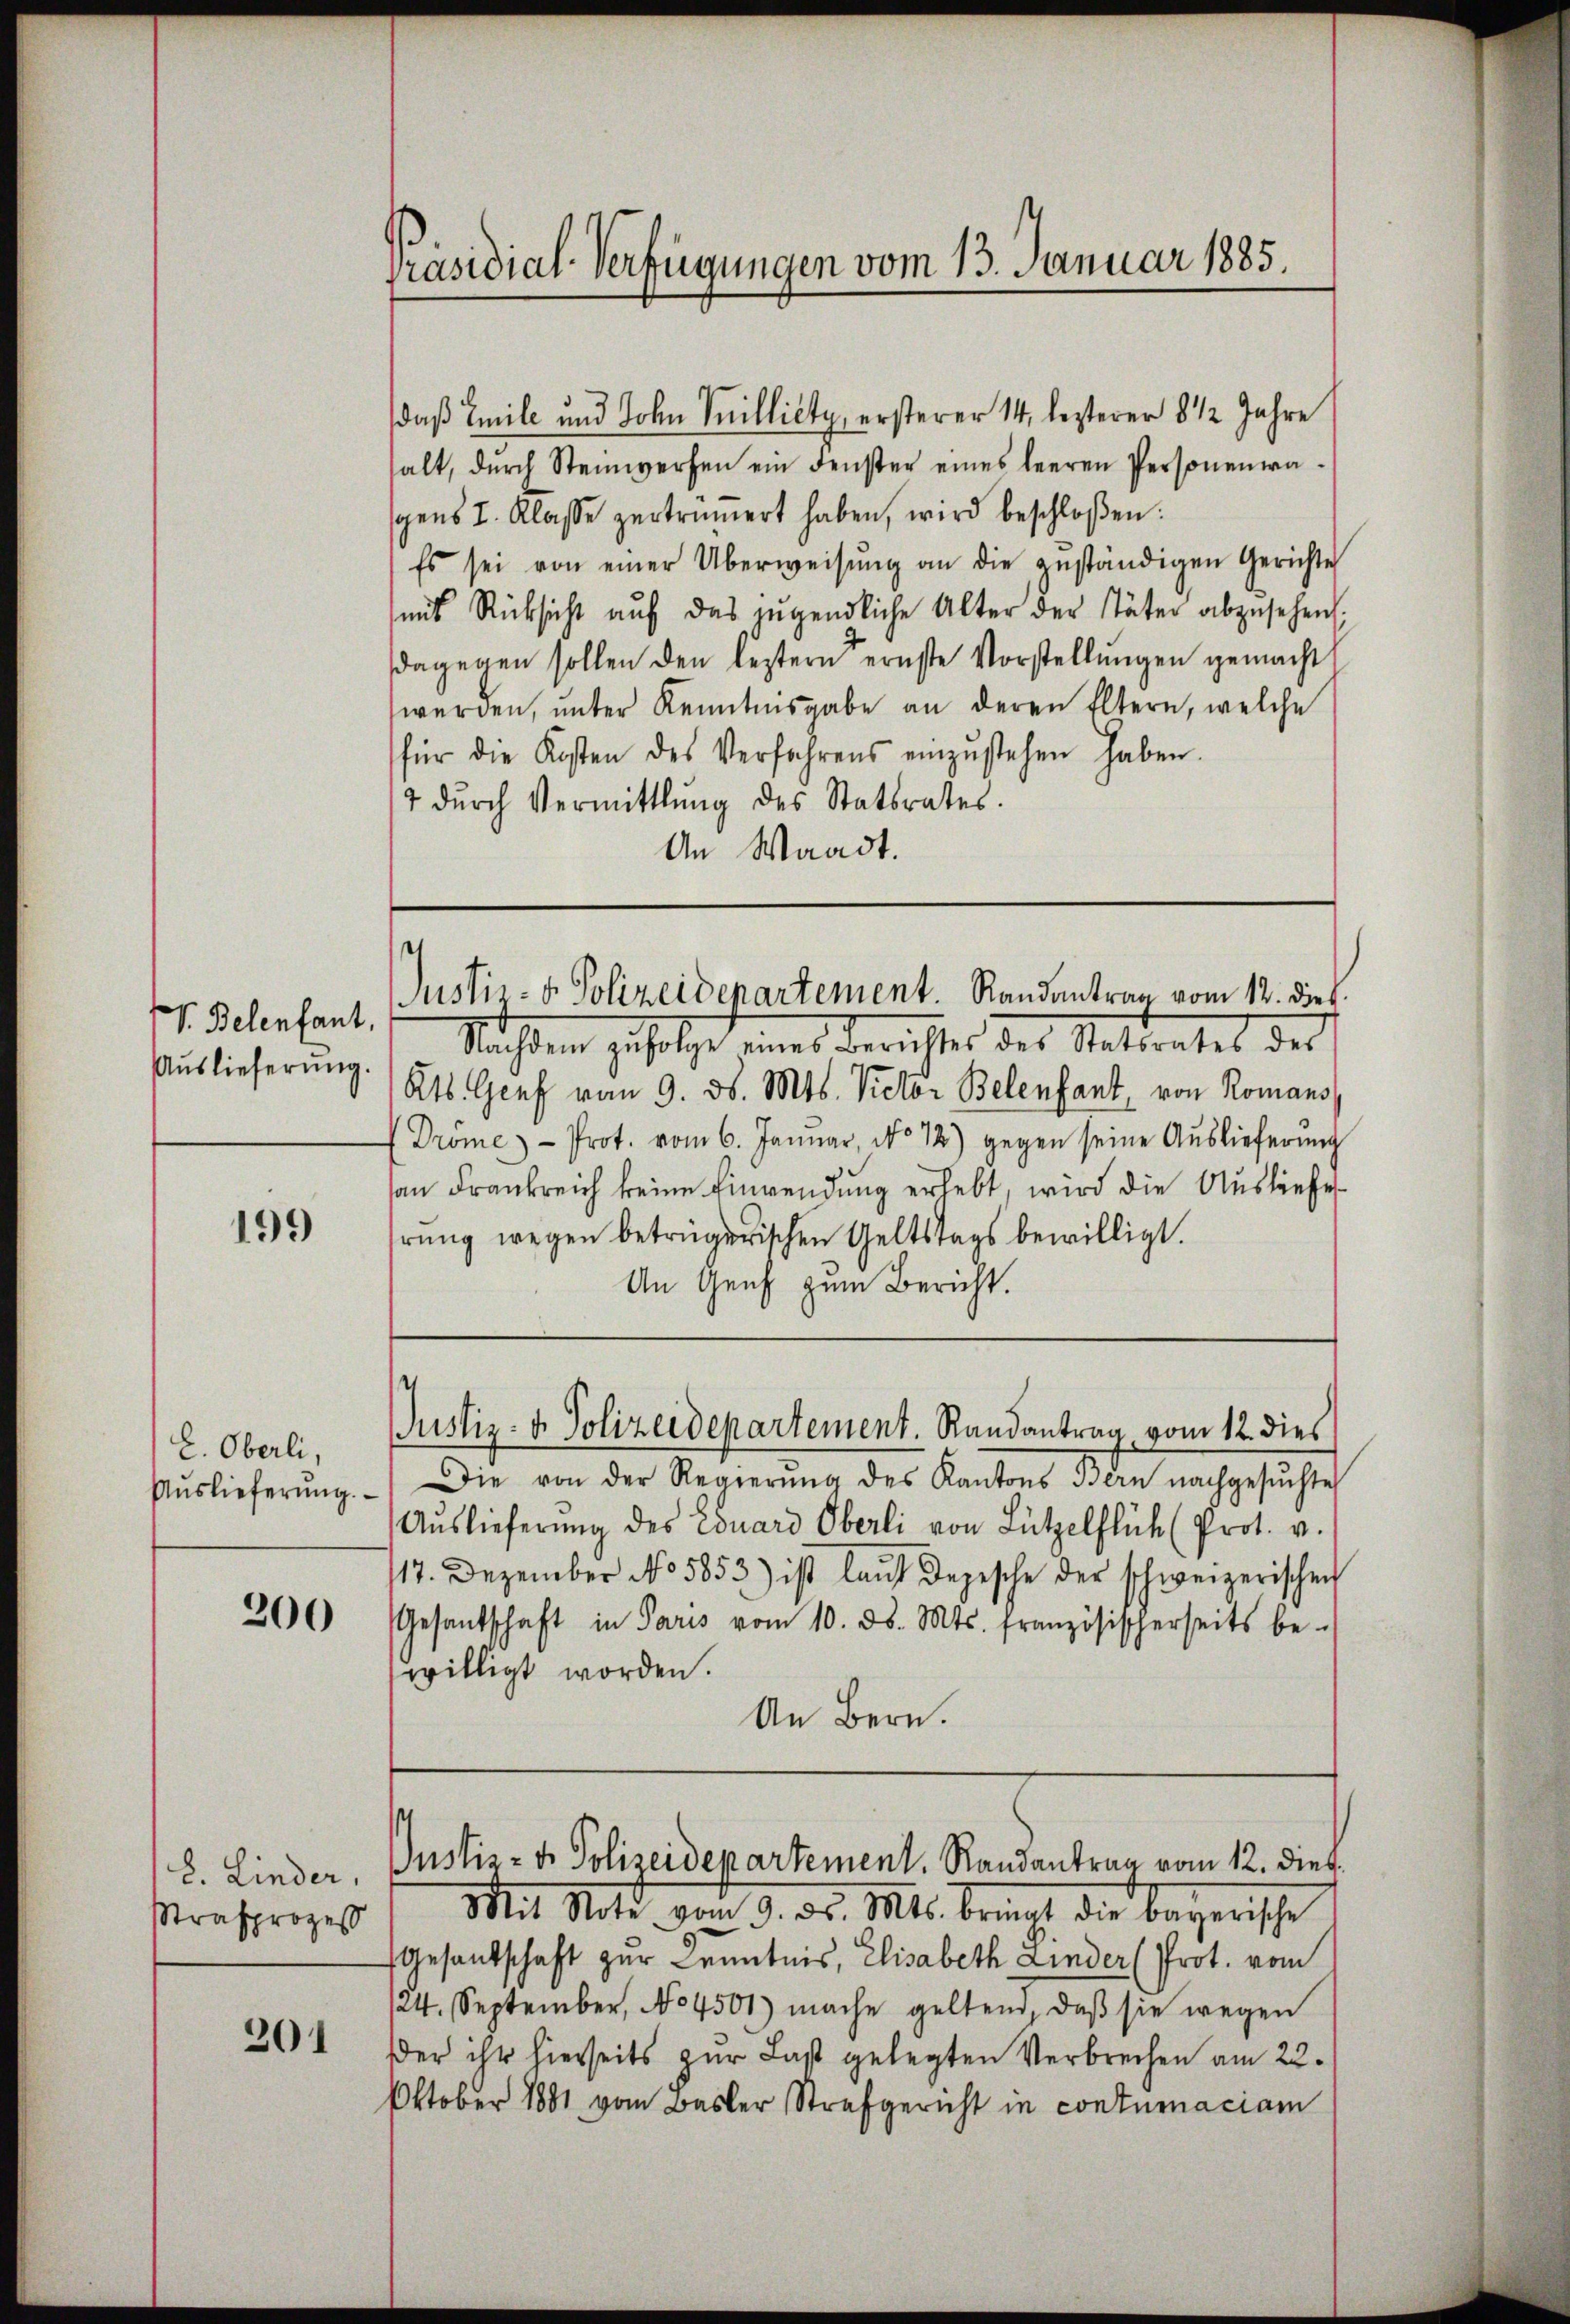
V. Belenfant.
Auslieferung.

199

L. Oberli,
Auslieferung.

200

8. Linder,
Strafprozes

201

Präsidial-Verfügungen vom 13. Januar 1885.

daß Emile und Sohn Spillicty, ersterer 14, lezterer 8 1/2 Jahre
alt, dŭrch Steinwerfen ein denster eines leeren Personenwa
spens I. Klasse zertrunert haben, wird beschloßen:
Es sei von einer Überweisŭng an die zuständigen Gerichte
mit Rücksicht aŭf das jugendliche Alter der Täter abzusehen:
dagegen sollen den leztern ernste Vorstellŭngen gemacht
werden, ŭnter Kenntnisgabe an deren Eltern, welche
für die Kosten des Verfahrens einzŭstehen haben.
7 dŭrch Vermittlung des Statsrates.
An Waadt.

Justiz- & Polizeidenartement Randantrag vom 12. dies

Sachen zufolge eines Berichtes des Stattrates des
Kts. Genf vom 9. d. Mts. Victor Belenfant, von Romans
Drome- Prot. vom 6. Januar, No 72) gegen seine Aŭslieferŭng
an Frankreich keine Einwendung erhebt, wird die Ausliefehrung wegen betrügerischen Geltstags bewilligt.
An Genf zum Bericht.
Justiz- & Polizeidepartement. Randantrag vom 12. dies
Die von der Regierŭng des Kantons Bern nachgesŭchte
Aŭslieferŭng des Eduard Oberli von Lützelflich (Prot. v.
117. Dezember No 5853) ist lauf depesche der schweizerischen
Gesantschaft in Paris vom 10. ds. Mts. französischerseits be-
willigt worden.
An Bern.

Mit Note vom 9. ds. Mts. brant die Bayerische
Gesantschaft zur Kenntnis, Elisabeth Linder (Prot. vom
124. September, No 4501) mache geltend, daβ sie wegen
der ihr hierseits zur Last gelegten Verbrechen am 22.
Oktober 1881 vom Basler Strafgericht in contumaciam

Justiz- & Polizeidepartement. Randantrag vom 12. Dieb